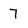
Character: 7